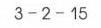
$3 - 2 - 15$